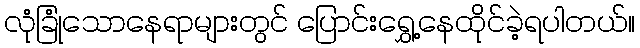
လုံခြုံသောနေရာများတွင် ပြောင်းရွှေ့နေထိုင်ခဲ့ရပါတယ်။